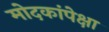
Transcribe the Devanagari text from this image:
मोदकांपेक्षा